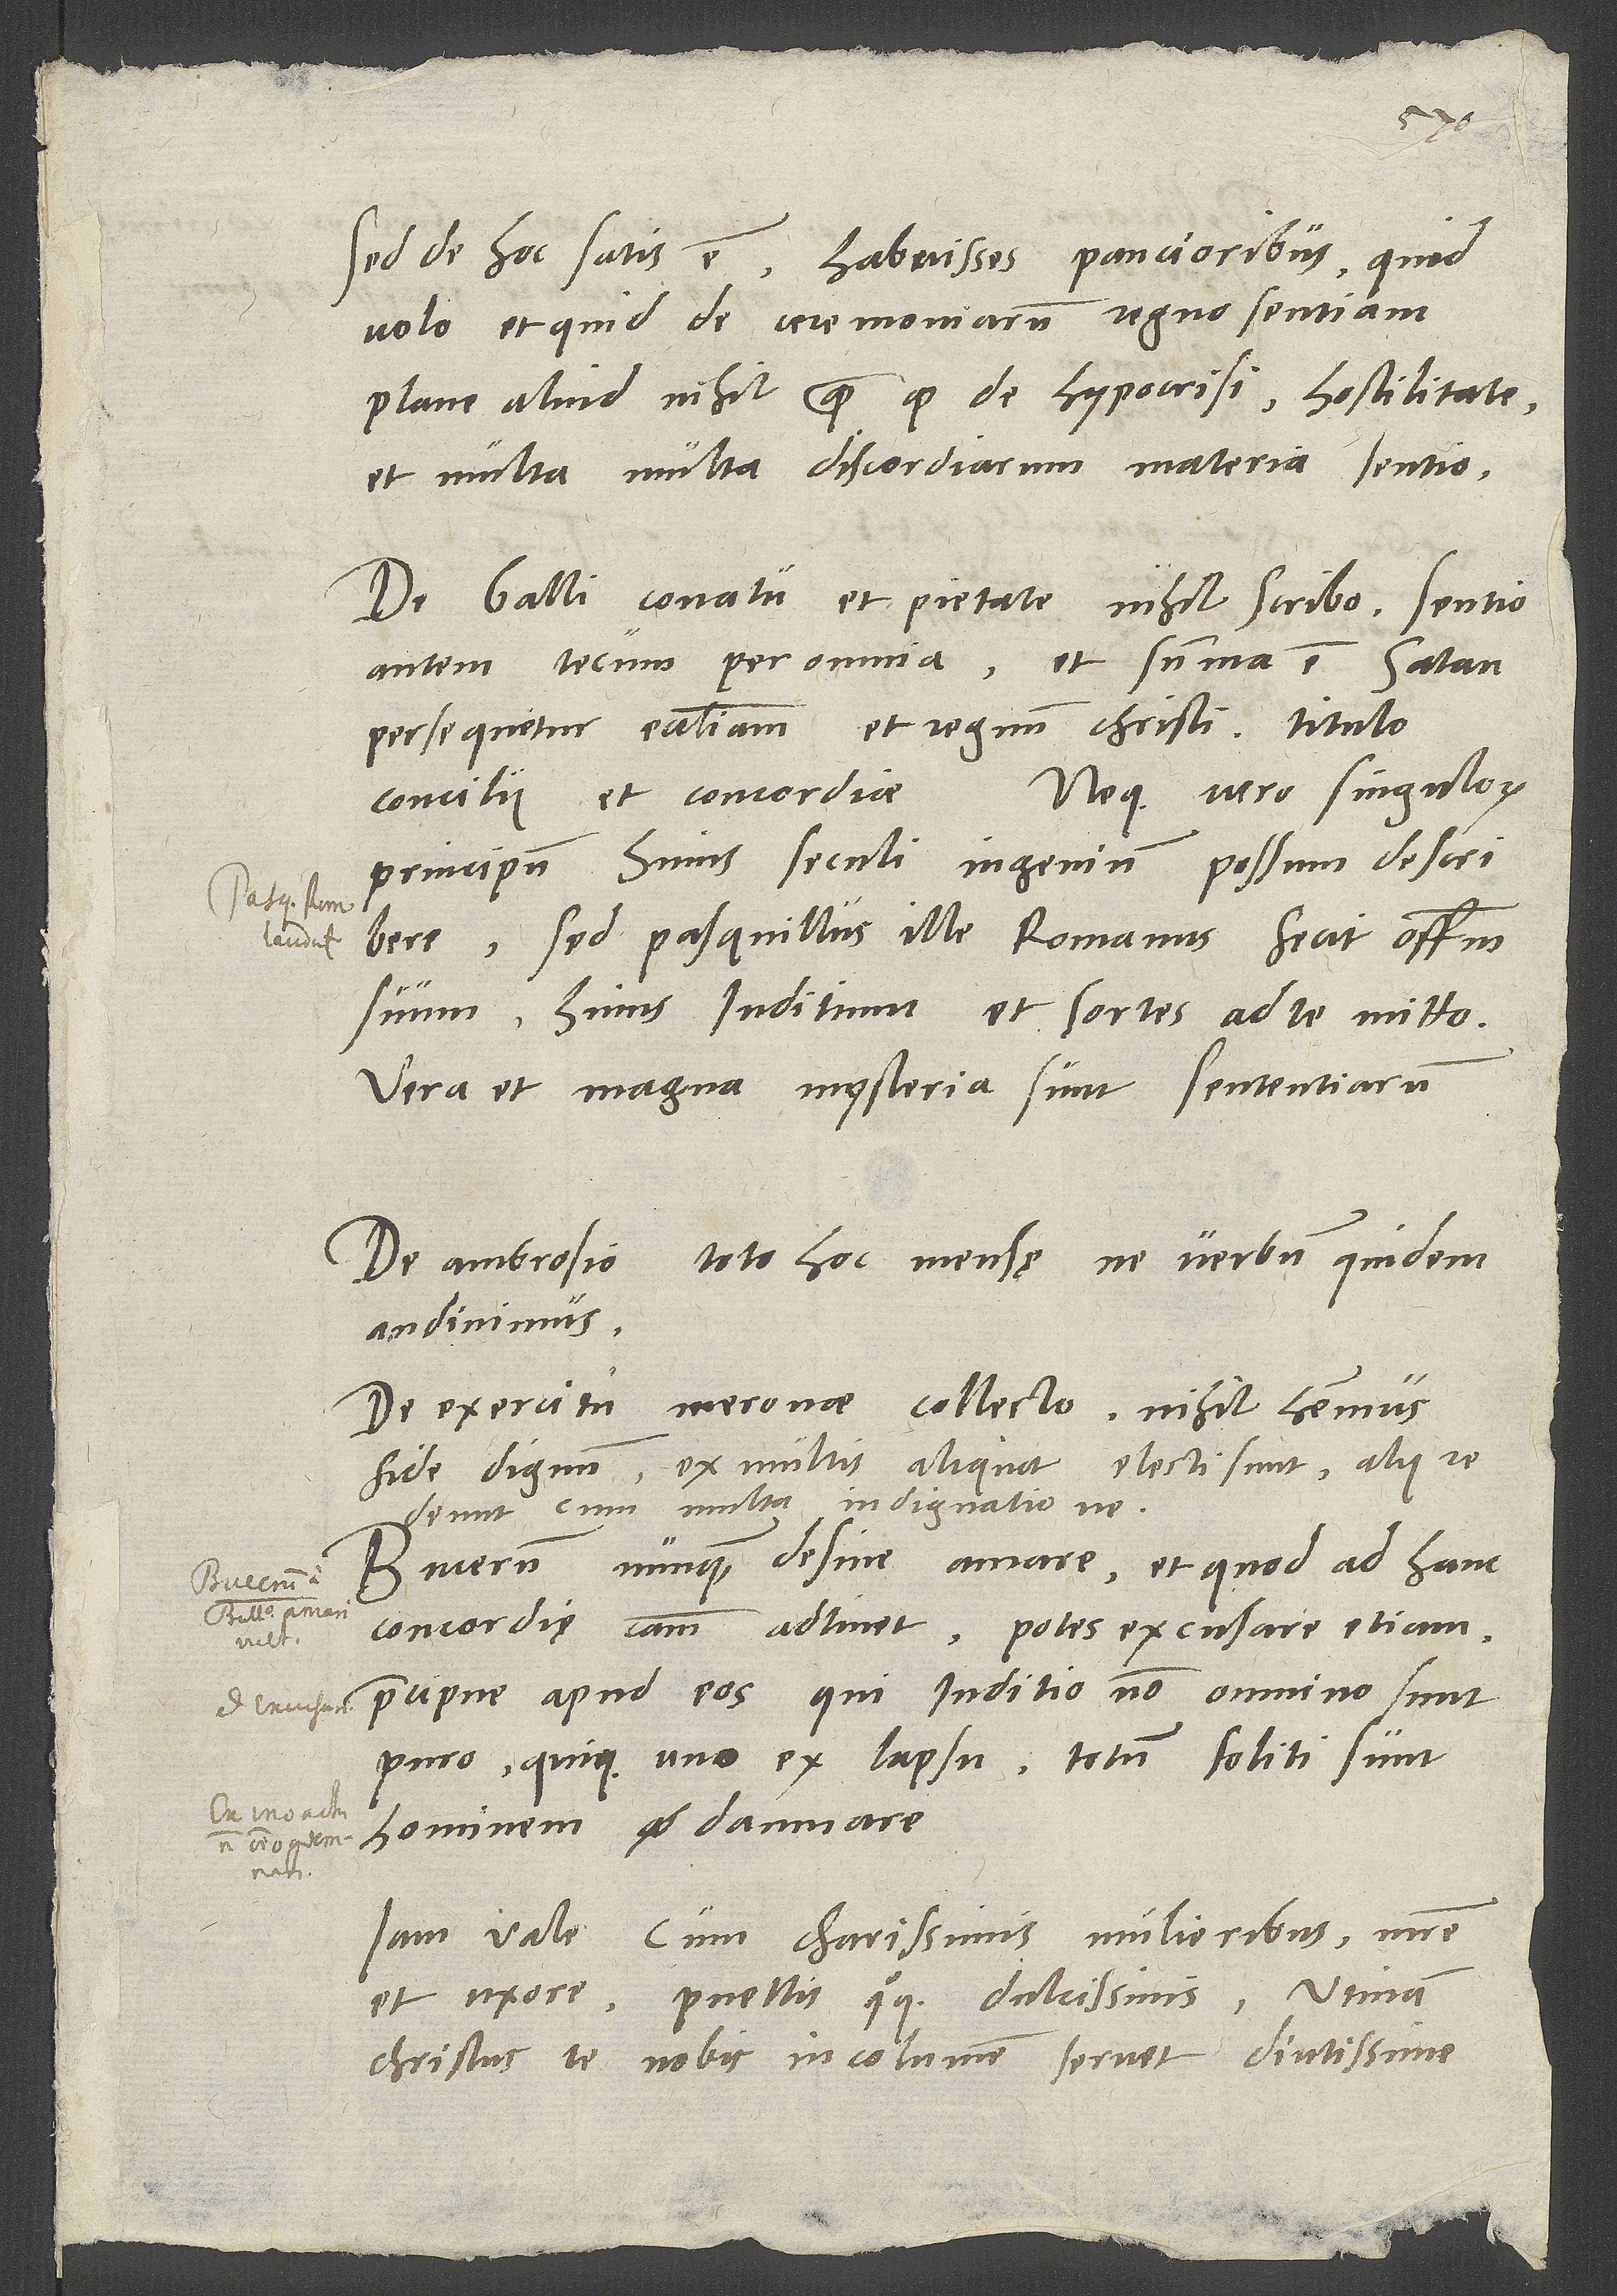
Sed de hoc satis est. Habuisses paucioribus, quid
volo et quid de ceremoniarum regno sentiam,
plane aliud nihil, quam quod de hypocrisi, hostilitate
et multa, multa discordiarum materia sentio.
De Galli conatu et pietate nihil scribo. Sentio
autem tecum per omnia, et summa est: Satan
persequitur ecclesiam et regnum Christi titulo
Neque vero singulorum
concilii et concordiae.
principum huius seculi ingenium possum describere,
sed pasquillus ille Romanus fecit officium
suum, huius iuditium et sortes ad te mitto.
Vera et magna mysteria sunt sententiarum.
toto hoc mensae ne verbum quidem
De Ambrosio
audivimus.
Meronae collecto nihil habemus
De exercitu
fide dignum. Ex multis aliquot electi sunt, alii
redeunt cum multa indignatione.
Bucerum nunquam desine amare, et quod ad hanc
concordię causam adtinet, potes excusare etiam,
praecipue apud eos, qui iuditio non omnino sunt
puro quique uno ex lapsu totum soliti sunt
hominem damnare.
Iam vale cum charissimis mulieribus, matre
et uxore, puellis quoque dulcissimis. Utinam
Christus te nobis incolumem servet diutissime.